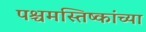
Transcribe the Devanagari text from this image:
पश्चमस्तिष्कांच्या